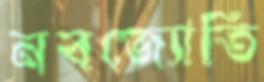
নবজ্যোতি